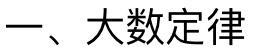
一、大数定律